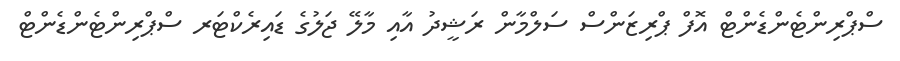
ސްޕްރިންޓެންޑެންޓް އޮފް ޕްރިޒަންސް ސަލްމާން ރަޝީދު އާއި މާލޭ ޖަލުގެ ޑައިރެކްޓަރ ސްޕްރިންޓެންޑެންޓް